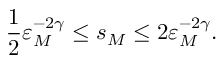
\frac 1 2 \varepsilon _ { M } ^ { - 2 \gamma } \leq s _ { M } \leq 2 \varepsilon _ { M } ^ { - 2 \gamma } .